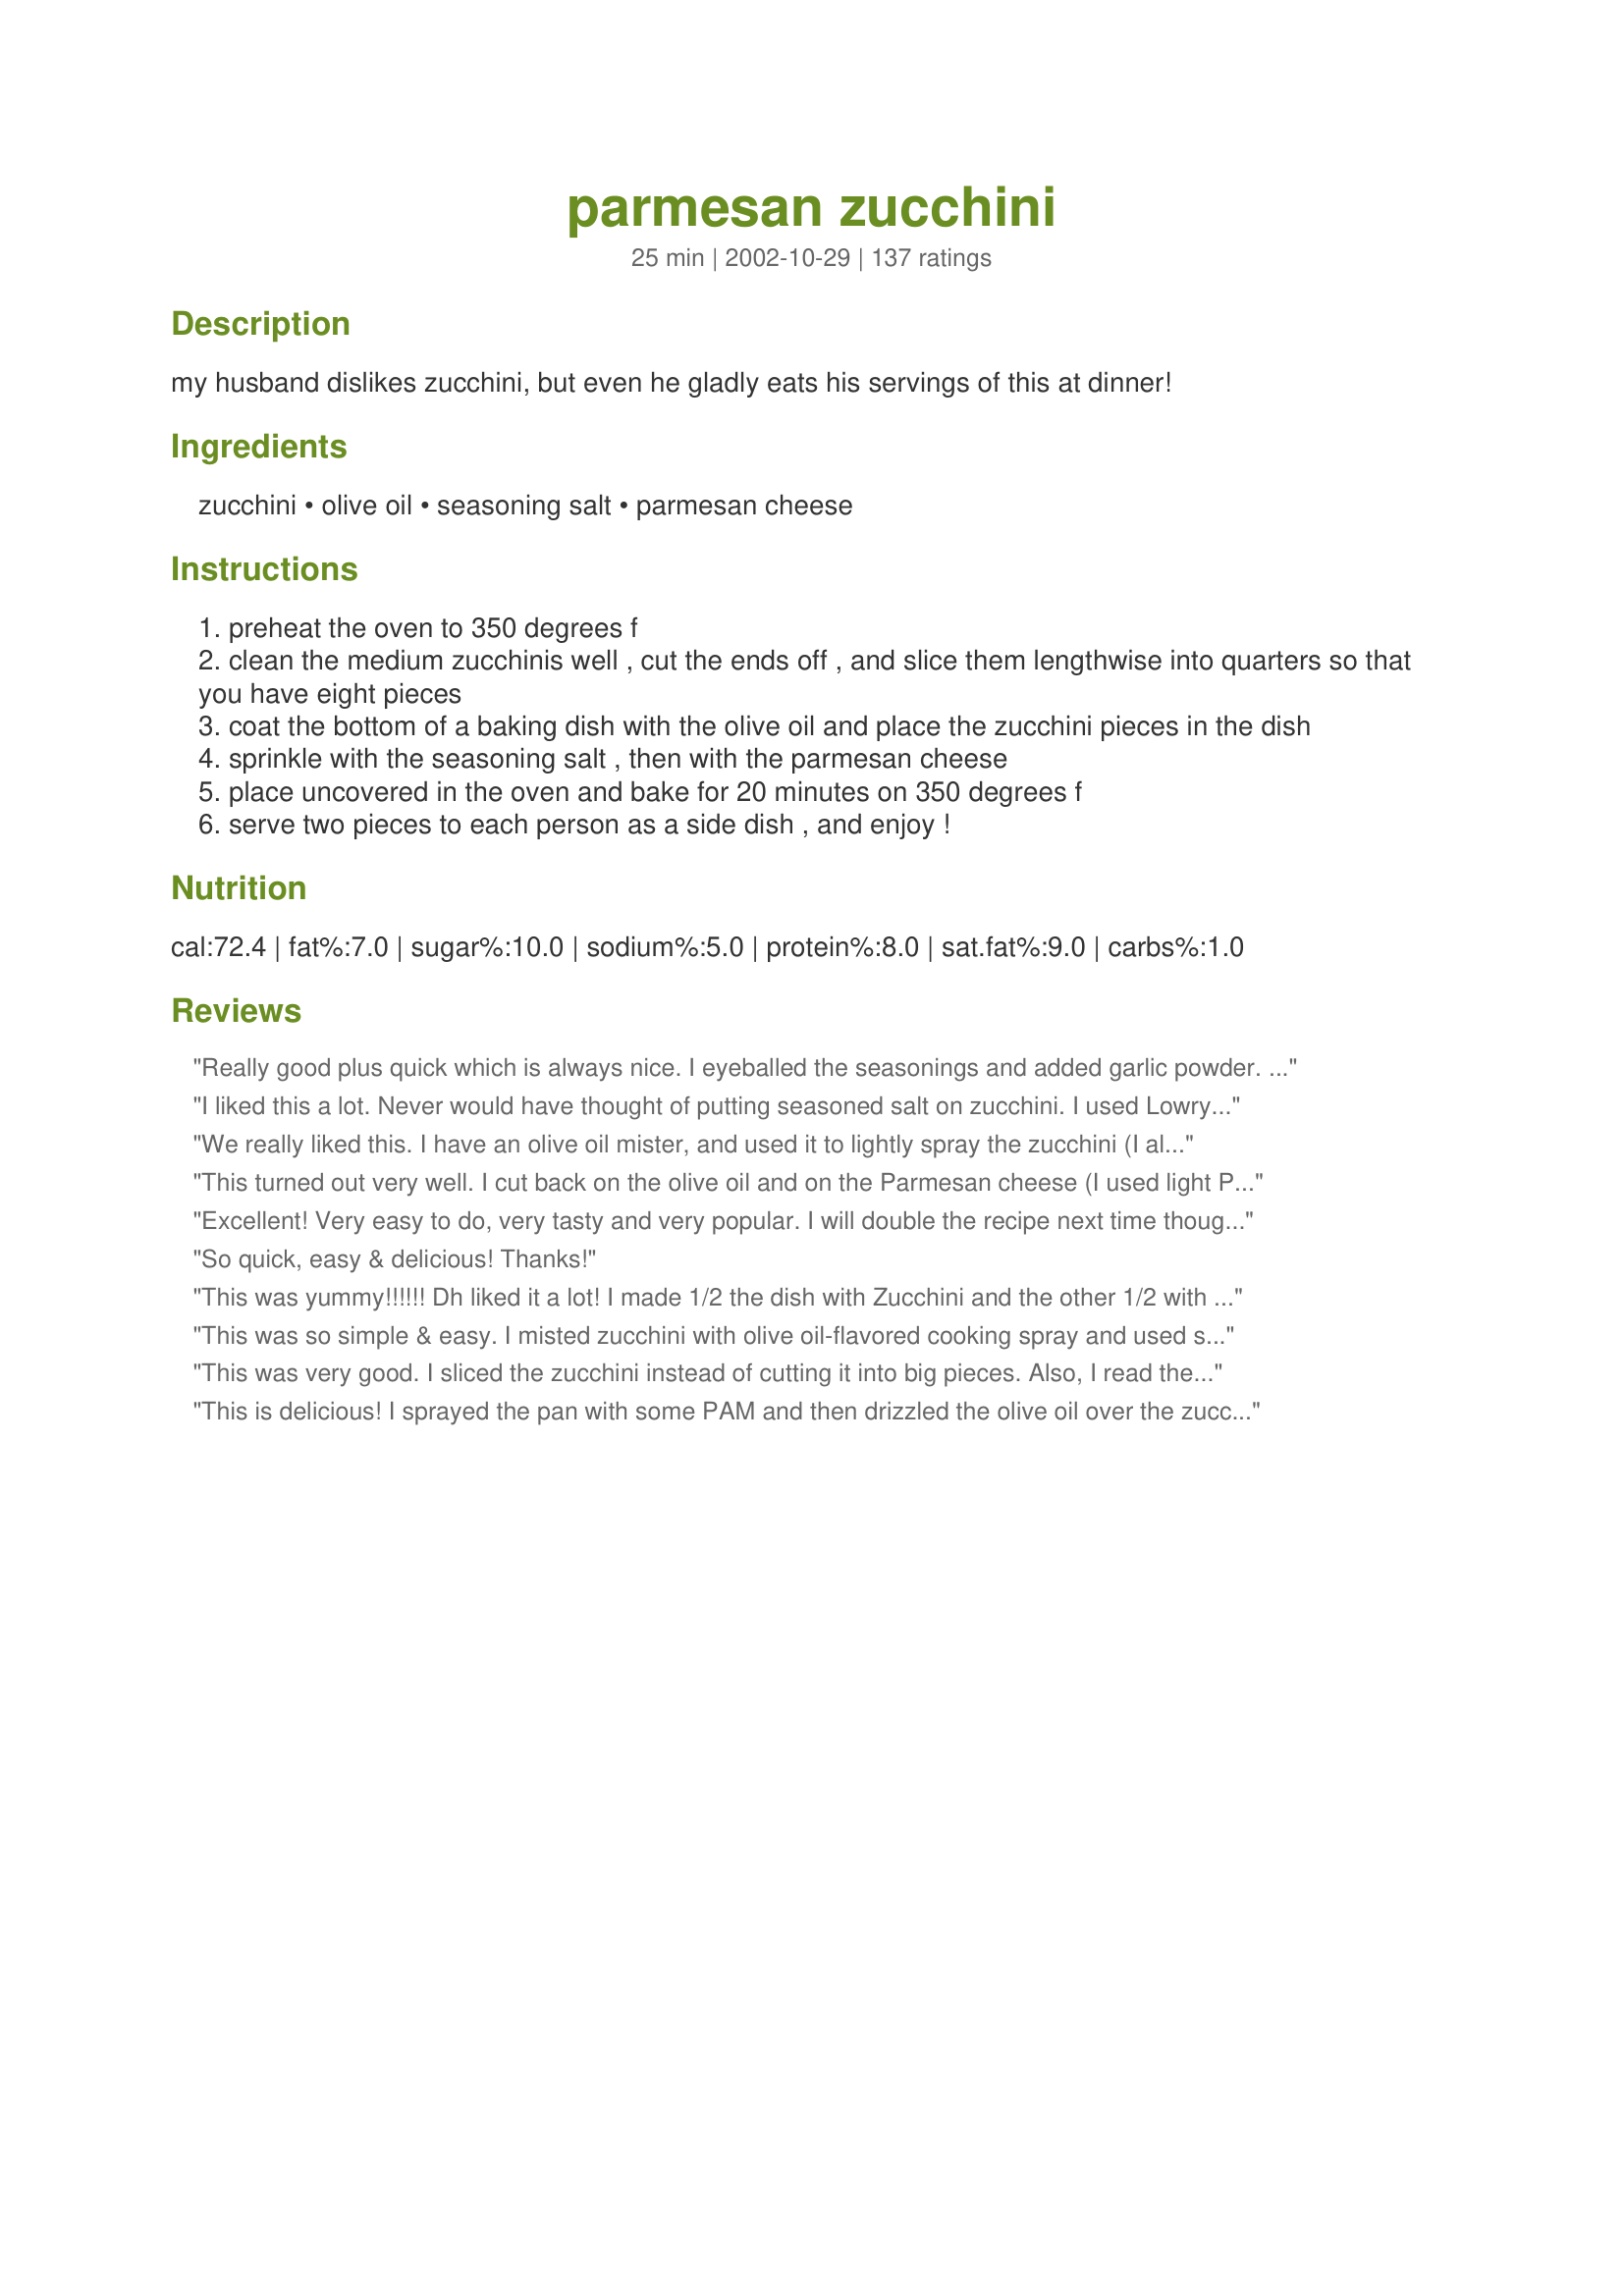
parmesan zucchini
Preparation time: 25 minutes

my husband dislikes zucchini, but even he gladly eats his servings of this at dinner!

Ingredients:
zucchini, olive oil, seasoning salt, parmesan cheese

Steps:
preheat the oven to 350 degrees f
clean the medium zucchinis well , cut the ends off , and slice them lengthwise into quarters so that you have eight pieces
coat the bottom of a baking dish with the olive oil and place the zucchini pieces in the dish
sprinkle with the seasoning salt , then with the parmesan cheese
place uncovered in the oven and bake for 20 minutes on 350 degrees f
serve two pieces to each person as a side dish , and enjoy !

Reviews:
Really good plus quick which is always nice. I eyeballed the seasonings and added garlic powder. My husband and I ate 3 big zucchinis between the 2 of us so I will be making this often. Thanks so much for sharing julesong.
I liked this a lot. Never would have thought of putting seasoned salt on zucchini. I used Lowry's since it is DH's favorite. Thanks!
We really liked this. I have an olive oil mister, and used it to lightly spray the zucchini (I already had some in the pan). Used Lawry's seasoning and a little black pepper, and shaved parmesan. Great flavor, and very easy to make. Thanks :)
This turned out very well. I cut back on the olive oil and on the Parmesan cheese (I used light Parmesan). Very easy to make, but a tasty way to use zucchini! I might try slicing the zucchini crosswise (in rounds) next time, in order to reduce the baking time a bit.
Excellent! Very easy to do, very tasty and very popular. I will double the recipe next time though. It was so good we wanted more!
So quick, easy & delicious! Thanks!
This was yummy!!!!!! Dh liked it a lot!
I made 1/2 the dish with Zucchini and the other 1/2 with yellow squash. Both were quite tasty, but the flavor of the zucchini was the best! I will be keeping the recipe on hand esp during the summer when we have so many coming out of the garden! Thanks so very much!
This was so simple & easy. I misted zucchini with olive oil-flavored cooking spray and used shredded rather than grated parmesan cheese. This one goes straight to my cookbook of recipe standbys!
This was very good. I sliced the zucchini instead of cutting it into big pieces. Also, I read the prior reviews and decided to add garlic powder, onion powder and black pepper but NO SALT to the slices, and then the grated Parmesan on top. Delicious. I served with a side of warm tomato paste diluted with water and seasoned with basil and oregano. Thank you.
This is delicious! I sprayed the pan with some PAM and then drizzled the olive oil over the zucchini. It is so very good! It doesn't even taste like zucchini! I am so glad that I tried this as I have many zucchini in my garden to use up. This is easy and ver, very good! Thank-you for sharing!
I made this last week for a dinner with my parents, kids & hubby. My mom who NEVER eats zucchini had 3 helpings. I found it to be wicked easy but a little bland for me. next time I would broil the zucchini for the last few mins to bubble up the cheese and caramalize a bit, then again I love everything WELL done;) Thanks for another great way to prepare this squash!!!
Quick and easy recipe. We loved it! Thanks for posting.
Yum! I used Olive Oil Pam spray - sprayed the pan, then the zucchini. I prefer to use Susie Q's Santa Maria Style Seasoning on these types of things (well, on anything actually!) and as usual, it came out great! The parmesan was a nice touch too. Thanks so much!!!
Yumm! I made this tonight very quick, I added some other spices like garlic, paprika and pepper. And it was delicious, very simple and not too much to handle It was really a great side dish, made it with some lentils
Amazing!
I have made this a couple times because it is so easy and good. Thanks for posting!
I'm not a big Zucchini person but this was very good.
I made as posted with some nice small zucchinis. This was simple and tasty - sometimes you need something that won't take a lot of time! Thanks for posting.
Sooo gooood!!! I love zucchini but didn't know it could taste this good! So easy and delicious...my new favorite way to eat zucchini!
I found these a bit salty. They were still good, I would make them again, just with less ingredients :)
The detracted star is for me, not the zucchini. I didn't have any seasoning salt so I just used regular salt, and I think this made the dish a bit bland. The seasoning salt must be crucial. I'll try it again with the proper ingredients at which time the dish will taste every bit like the 5-star rating it must deserve.
I normally don't like zucchini except to bake with and this was fabulous. We LOVED the flavor and will certainly make again. I ate a whole zucchini myself! Thanks!
I made dinner for myself out of this recipe last night and it didn't disappoint! Since it was just me, I only used 1 zucchini and omitted the seasoning salt (trying to cut down on sodium consumption). The prep was quick and effortless. I followed others' suggestions and just sprayed the pan with Pam instead of using oil; I also used the tip about spraying the zucchini lightly with Pam before topping with the Parmesan cheese. Admittedly, I'm sure it would have been even better had I used the seasoning salt and more than just the slight sprinkle of Parmesan that I used(I didn't measure, but it was definitely less than the recipe called for); however, it was still delicious and I will definitely make again. Thanks for posting!!!!!
Mmmm...absolutely delicious!! the only thing i did different was sprayed the pan with Pam, add garlic powder and ground pepper with the seasoning salt. i also cooked it at 400 degrees to brown the bottom of the zucchini. It was great! THANKS!
I had a small amount of Basil flavored dipping oil left and I used that on the zucchini. It gave it a great italian flavor. Very nice side dish. Thanks.
Quick, easy and delicious are my favorite kinds of recipes and this one qualifies. We had this as a side to MarieAlice's Caesar Pork Chops, <a href="/141789">Caesar Pork Chops</a>. The chops had to cook for 40 minutes so halfway through I just added the zucchini to the same pan as the chops! Perfect...hardly any clean-up at all. The flavor is delicious. I'll certainly be making this easy side dish again. Thanks Julesong :)
Two pieces per person? Yeah, right. I just ate four! I love these. I cut diamonds in the zucchini and brushed with olive oil. Also added garlic powder. Served with pizza sauce. Thank you for a quick and delicious recipe.
This was delicious! DH proclaimed it the best zucchini he'd ever had. I cut up the zucchini into the eight pieces, and then decided to cut them in half crosswise as well. I think they were on the "large-ish" side. I used Sarah's Sea Salt, Gulf of Mexico flavor, and, like some reviewers suggested, I added some granulated garlic. I cooked this for 25 minutes, and it was just right. (The "large-ish" issue again, I think.) What a nice change from all the sauteed zucchini we eat every summer! Thank you for sharing!
really good! this was a different way to cook zucchini & i will be using this recipe again & again. thank you! i waited to put the cheese on til the last 10 min in the oven, btw
Julesong, Sorry did not do much for me, I think , if I try again will add some garlic powder as others had.It could be the Zucchini used was not from the garden but the supermarket, and not the correct time of the year...Don
This was so simple, and tasted great. I left out the seasoning salt (personal preference) and used garlic powder and black pepper. Really easy side dish, that will be used a lot in the summer with ALL the zucchini we have on hand.
This is a great side dish.I love zucchini but don't like Parmesan cheese so much.Still the combination tasted all right but next time I am going to try another cheese.Oh and I had to bake it for a longer time for them to be done.Thank you.
What a clever side dish! it has the five factors that make a wonderful dish, in my opinion -easy to make, delighfully delectable, not too pricy, versatile, and unique! Served this with a freshly grilled steak, and it was a lovely addition! I plan on eating the leftovers for breakfast (!!)tommorrow! :-)
Sorry. Forgot that stars thing. You get all five of them.
So easy and so yummy! And, only one Weight Watchers point per serving. Thanks for a new twist on an old favorite.
What a tasty dish! So simple, yet came together for a moist, with a slight crispy outside from the parmesan cheese. This is my favorite kind of dish; I didn't measure at all, just threw it together with great results.
Wow, what a great side dish! I love zucchini but my husband and 2 year old do not. My 2 y/o didn't even try this but my husband devoured it! I used 1 large zucchini for the two of us and wish I had made more. It was a pleasant change from the regular vegetable lineup we normally have. I didn't have any fresh cheese on hand so I had to use the processed kind in a can. I bet this is even better with a higher quality cheese! Will make again. Thanks
My husband said these were to die for! Very good, thanks for the recipe!
Simple and delicious. It was not time consuming at all and fairly healthy as well. I will definitely be making this recipe again. I made no substitutions but to be even more healthy, I might cut out the cheese.
This was SUPER easy and tasty! Even my 8 yr old ate a piece and that in itself is a miracle! I will make this again. I used a heavy hand when sprinkling on the Lawry's and it didnt hurt! Thanks for posting!
Who knew something so simple could taste so good!
Delish! Next time I will mix the parmesan with some garlic powder and fresh ground pepper, spray the zucchini with pan spray and dredge them in the mixture. This first time around there was more parmesan on the pan than on the zucchini! Thanks for an easy and yummy side dish!
So yummy! I lined a baking pan with foil sliced the zucchini in thin strips. I love the thinner softer pieces. Next time less salt. It was a bit overwhelming with the saltiness of the parmesean. My new favorite zucchini recipe!
I needed a side dish to go with chicken and potatoes so started digging in the frig thinking I would just make a salad. I found 2 zucchinis that I had forgotten about. I didn&#039;t have seasoning salt so I brushed the zukes with olive oil and salt and pepper. I pressed the parmesan on the zukes and threw in the oven to baking. Baking time for me was 30 minutes but the zucchini turned out great. Easy is an understatement. This makes a quick, easy, and good side dish. I&#039;ll definitely do these again.
A lovely quick zucchini dish. Two pieces though as a serving?!! I used 6 small zucchini in this recipe and I could happily eat as pieces as were put on my plate. Would complement a simple Italian dish that had balsamic vinegar in it.
Wow...loved it! I had chopped up some zucchini for a stir fry and then changed my dinner plans. I was able to pop this in the oven alongside the Recipe #22126 and enjoy a simple, yet delicious meal. Thanks for a great recipe!
This did not work for us. I followed the instructions, using Johnny's Seasoning Salt, which is a favorite in our house. This should have been good, but I won't be making zucchini like this again. Uninteresting and though it didn't taste it, it smelled fishy.
Easy recipe to make plain zucchini a little more flavorful. It made a nice side dish to the Stuffed Chicken Parmigiana #149134.

Thanks Julesong. 

Bullwinkle
I love recipes that are so simple, yet so delicious. I needed to use some zucchini, but wasn't in the mood to go to a lot effort so I made this. It was so good! This recipe will be part of my regular rotation.
Really, really loved this! Thanks, Zulesong, for a great way to eat still another zucchini recipe. Can never have too many (ha ha). Couldn't be easier to prepare.
It sounded great, but I&#039;ve had the zucchini in the oven on 350 for 25 minutes and it isn&#039;t nearly cooked enough. Also, it tastes bland, and I used garlic, salt, and peccorino romano. Either my oven is off, or it needs to cook longer.
My husband actually ate this, for that it deserves some serious kudos. I used canned parmesan, and it would have been a lot better if I had taken out the real stuff and grated it. I was just being lazy...I served this with pork chops and scalloped potatoes, and it was great. Thanks for a recipe for zucchini that we'll eat, and isn't cake or bread!!!
A friend had given me a couple of zukes from her garden -- pre-sliced!! so I had to use them up quickly. This awesome recipe came to my rescue. I tossed them up with some olive oil, gave them a quick sprinkle with the seasoned salt and cheese and popped them in the oven. The hardest part was waiting while those wonderful aromas tempted us. Thank you, thank you for posting!
I love this dish.It was my first time to experiment with zucchini and It was great! I did this recipe for me and my bf when we decided to start eating healthy meals. Thanks for sharing!:-)
I made this last night and it is a very delicious easy way to cook zucchini. The crop is abundant in Ontario this year. I can add this to my squash cookbook. Thanks.
This is a very good recipe. I made it using seasoning salt with a pinch of cayenne. I only had shredded parmesan, but that worked out well also. It was easy to make, and the taste was wonderful, another plus being it looked so pretty. Thanks for shariing this recicpe.
This simple recipe is terrific, with a few adjustments. At 350 degrees, they didn&#039;t brown as desired, so I put them under the broiler for 3-5 minutes. Since, I used the oven, I thought it was a good time to cut a few tomatoes in half and use the same ingredients.
This recipe is sublimely quick and easy to prepare. I didn't add the parmesan until the last 5 minutes so it would not get over chewy and hard, mine took more like 30 minutes to get done, and my zucchini were on the smallish size. The flavor was good although I think adding a generous sprinkling of garlic powder would have greatly enhanced this dish.
My new favorite way to cook zucchini. Delicious and super easy. Thanks!
Very easy. I made 4 zucchini for 5 people and there wasn't anything left! We couldn't really taste the salt so next time I would use some additional seasoning or more of a salt-free seasoning. Also, I would use a shorter cook time to leave some crispness to the zucchini and briefly put the dish under the broiler to brown the cheese a tad. Nice, easy recipe. Thanks.
This was really good!! It was a great change from our normal zucchini recipes!! Super EASY!!
simple, perfection.
Most of the parm ended up on the pan after baking (even after dredging) . I suggest cutting the tips off of the wedges to create more surface area on top. The wedges I experimented with turned out much better that way.
So easy so good. Thanks for sharing
The squash was cut as directed, drizzled lightly with olive oil and sprinkled with the cheese. It was cooked in a convection oven for 15 minutes and was crisp tender. This was served with recipe #264713.
Absolutely delicious! I didn't know zucchini could be so tasty!
These were wonderful!!! I got to the parmesan part and discovered we were out to my horror, so I just sprinkled a little mozzerella on top and broiled them. So good, I can't wait to try it the real way!
I prepare my zucchini and squash this way, but I use Mrs. Dash Table Blend since it is salt-free. Yum! <br/><br/>In the summer, you can also do this on the grill and it works great. I put the zucchini on a piece of aluminum foil before adding the parmesan though.
Really liked that this was so easy. Served it with salmon. Made for a nice meal.
I made these last night but they weren't the hit like I'd hoped. My kids and DH ate them but didn't want more. I'm glad we tried them but probably won't make again.
This was so easy and delicious! A wonderful way to use the zucchini from our garden. I added some cherry tomatoes and slices of bell pepper as well. It made for a really colourful side dish. Thank you!
These were so good and so easy to make! I will be making these for the rest of the summer! I think I might try grilling them next time.
Tastes Great! I plan on crisping mine more next time but other than that I wouldn't change a thing. I used Lawry's Garlic Salt on mine. Thanks for the recipe! Will make again without a doubt. Very Easy.
We have been enjoying Zucchini fixed like this for years.We also like it with garlic powder on it. Makes a great side dish. Thamks for posting it so that other can enjoy it.
Great Dish! We enjoyed this for lunch today. I used 1 large zucchini and cut in half first, then cut into 8 pieces each - sort of like thicker stick size. I sprayed zucchini with spray butter before added seasoning salt and parmesan cheese. I didn't measure salt or cheese - just sprinkled on. This was a great dish. Thanks Julesong!
Good and simple. We had these tonight with burgers. I might try different variations of spices but I will be making these again.
Wow - this was great! Like others, I also added a little garlic powder and ground pepper and pressed the zucchini in the parmesan mixture. It&#039;s a winner! Wow - wish I had tried this sooner! I just can&#039;t believe you couldn&#039;t taste the veggie.
So yummy! Too bad I found this at the end of zucchini season. I'll be making this all the time next summer.
I don't know what I did, but mine completely turned to mush. They kind of tasted good, but we couldn't get over the texture of it and could not eat them. I have never cooked zucchini before...maybe they are supposed to be mushy. I was just expecting them to be crispy. Probably won't make again.
This recipe is wonderful! I got rave reviews from my family, and it was so easy. I'll probably make it this way from now on. Thanks.
I hate soggy zucchini; these still had a bit of a crunch and were absolutely wonderful. I tossed the zucchini in the olive oil, sprinkled with Lowryâ€™s and used shredded and grated parmesan cheese on top (canâ€™t have enough cheese). YUMM!
I made this dish in an aluminum foil pouch on top of the grill while I was making Recipe #254778. I sprayed with PAM before laying thick slices of zucchini down. I also sliced a med. onion and added it to the zucchini mix. It was a great addition to our wonderful steak dinner! I really loved the addition of the cheese. My company thought it was great too! Thanks for sharing with us.
FINALLY, a zucchini recipe worth eating!!! Thanks, Julesong! DD made this for us one night & now it's the only way I'll cook zucchini...a snap to prepare, delicious & different!
BestBema
Delicious and so easy to prepare. I used an extra zucchini and don't think I had quite enough salt on it, but it was still yummy. (I'm not much into salt anyway). Next time I will try some garlic and maybe a few Italian herbs as well.
So easy and so good! I usually don't use the grated parmesan in the green can, but I think it works better in this recipe than fresh parmesan.
This is a nice way to prepare zucchini, which I love. I have to be careful, though, I often overcook and it gets a bit soggy.
It makes me so happy to find a simple recipe with a few ingredients that taste so delicious. I enjoyed this zucchini so much, that I didn't want anything else for dinner. The zucchini was very tender after baking for the suggested 20 minutes. Great seasonings and cheese topping. Thanks Julesong, for another winner.
Really enjoyed this. May add some cajun seasoning or garlic salt to it next time. Very easy to make.
I rolled the zucchini in the olive oil before sprinkling with rosemary garlic seasoning and topping with parm. Turned out fantastic.
I prepared this with tiny, little, baby zucchini as a side for our dinner. The Lowry's added a lot of flavor to the dish.
Love it! I have tried it with Lawry&#039;s and with Garlic as some suggested. They&#039;re both VERY good. But I prefer the Lawry&#039;s. I&#039;ve also tried it with just the seasoning and NO PARMESSAN and it&#039;s just as good!!!
Very easy and tasty! I added a little fresh chopped garlic to the top of it with the cheese. Thanks for sharing :)
This is good. Just a word of caution for those reading that they sprinkled these with the salt with a heavy hand- you can over-salt it! I will go easy the next time. As far as the parmesan and getting it to stick, I just put it on a plate and dipped the zucchini in it instead of sprinkling it on. These were great and I even got my non-liking zucchini husband to eat a few pieces. :)
I used yellow squash instead of green zucchini and it turned out well. I baked them in my oven for about 15 minutes at 350, then broiled them until the tops were nice and golden brown. I will probably make these again. Thanks.
What a simple & tasty way to prepare zucchini. I really enjoyed both the appearance and the flavor. Some of the cheese burned a bit - I would use less of it next time.
Excellent! Fast and easy and it tasted fantastic. 20 mins at 350 was a wee bit much though so I'll cut that back next time. And there WILL be a next time. Thanks!
Yum! I just kind of sprinkled seasoning salt and parmesan on the zucchini. So tasty and makes a great side dish! I&#039;m sure it would be good with garlic powder too. Thank you for sharing!
This is very similar to KittenCals recipe http://www.food.com/recipe/kittencals-low-fat-oven-baked-zucchini-sticks-69063<br/>It's amazing how just a tiny bit of bread crumbs can make them so much yummier. The calories are so much less than deep fried zucchini, but they taste just like it.
Very easy, great flavor. I used it as a side to a pasta dish.
This was so yummy. I followed the directions exactly. Thanks!
FABULOUS!!!! The absolute best zucchini we've ever had!!!!!! I used Lawry's season salt and some garlic powder. Followed the rest as stated. Roasted for 25 minutes. Sheer perfection! A new regular in my house!
This is great and it couldn't be easier. I agree-dip the zucchini instead of trying to sprinkle the cheese-it won't hold otherwise. I used season salt and put the "cheap stuff" parm on it before I put it in the oven (15 min at 350 and 5 at 375 but our oven runs cold) was perfect. Soft but with a little bite-not mushy. Then when they came out I sprinkled some of the "good parm" on top (the freshly grated vs the can) and they were really good.
I omitted the olive oil and used a glass baking dish and had no problems. I also rubbed the seasoning salt (Generous amounts!) and cheese in; this seemed to maximize the flavour. I never thought something so simple could taste so amazing!!
This could NOT have been easier to make! Literally takes seconds to prepare. My only regret is that I thought I'd be clever and pour my olive oil over top of the zucchni, to skip the optional cooking spray step; I won't do that next time, because the areas that had oil were soggy / mushy, whereas the areas that didn't came out perfectly. Next time, I'll follow the instructions as written... I'm sure this will become a regular at our house. Thanks!
I love this zucchini recipe. I too make it with drizzled olive oil before the cheese. Sometimes I mix Panko breadcrumbs with the cheese. I do cut The zucchini into slices rather than wedges. This helps it cook evenly and the toppings stay on better. <br/>By the way there's a local restaurant that sells this to go in the summer. They make a killing! Thanks for posting. I would rather save the money and make it fresh!
I had to try this after reading the glowing report on the message boards. I used garlic salt and 4 zucchini to feed 3 adults.
Tasty, easy and delicious. Thanks for sharing.
EASY and yummy and you can doctor these babies any which way you want. Perfect cook temp/time. THANKS!
My husband LOVED this! I followed directions as written and added garlic powder, black pepper and a generous amount of Lawlry salt. I also added more parm after 20 min. and broiled on low for about 6 minutes. YUM!!!
Thank you very much for this excellent, easy recipe.
WONDERFUL! Insanely simple, but just as fab-tasting. DH raved about this one. He teases because we eat zucchini about 3 times each week and it's always a different tasty way. He requested this one again, though! Thanks so much for a satisfying, healthy side!
We loved this quick and easy way of preparing zucchini! I combined 1/2 cup Parmesan cheese, 1/2 tsp. seasoned salt, &amp; 1/2 tsp. garlic powder in a pie plate. I rolled the zucchini wedges in some olive oil and dredged them in the cheese mixture. After putting them in the baking dish, I sprinkled any remaining cheese mixture over the tops of the squash. I baked them until the cheese started to brown...yummy!! I will be preparing this recipe often to use up the over abundance of zucchini that my garden produces each year. Thank you for sharing this wonderful recipe...it is definitely a keeper!!
I've got to say... these reviews are not wrong. One of the best ways to spice up bland zucchini. I used PAM instead of olive oil and they came out great! Thanks so much!
I could eat the whole pan. Thanks!
Delicious!!!! I made this to go with some roasted chicken ravioli and my homemade pasta sauce. It totally completed the meal! I used a roasted garlic seasoning along with the season salt! We'll definitely make this again! Thanks for the terrific recipe!
Delicious and easy to prepare!
Quick, easy but not overly tasty. Perhaps did not season enough. Next time will try additional herbs.
Four stars for a great idea, left off one for some KICK taste I thought it was missing. so I added some more spices, fresh ground pepper, more cheese and I loved it!
This is the best way I've made or eaten zucchini. I would recommend this to anyone.
This was very easy and tasty- I love finding new ways to serve vegetables. I served with Recipe #177276 and the combination of aromas was lovely.
Loved it. I used 2 small zucchini and 1 small yellow summer squash for 3 of us (I have found that the smaller the squash, the better the taste and texture). I sprayed PAM on the bottom of pan and also over top of squash and drizzled a small amount of olive oil on top. Next time I will try it without any olive oil and just use PAM; the season salt and parm. cheese give it enough flavor.
This certainly deserves more than 5 stars, it ticks all the boxes for me. It's super easy, fast, healthy, handy ingredients, tasty, everyone loved it. The only problem I had was that I didn't have enough left for me, next time I'll make heaps more since everyone couldn't have enough of this. There will never be fury zucchini left in my fridge again. Can't thank you enough.
This was a really nice, light and tasty side dish. Couldn't have been any easier. Thanks for posting.
I changed the recipe by using different seasonings, but it turned out great. I never knew that zucchini could taste so good. Instead of the seasoning salt I used italian seasonings, crushed red pepper, oregano and sea salt. I also used the grated parmesan as directed in the recipe.
Wonderful recipe! Will be using this recipe for our zucchini from now on- thanks!
My husband said "Perfect". I used 6 small zucchini and prepared them as posted. 2 pieces per person? I don't think so! We ate every piece between the two of us. This will be on the menus all summer.
Delicious and so.....easy!! I just love a dish that is simple and makes the veggie shine. My whole family loved this dish. So happy I decided to do "something" with zucchini for dinner and searched out this recipe. It was a perfect side for our dinner. This is a keeper that will be used often.
very good! i used coarse salt instead of seasoning salt, and it was delicious. i'll definitely keep this recipe in mind for when we are overrun with zucchini at the end of the summer! thank you.
Loved this simple recipe thank you. Equally as yummy to fried zucchini. Would be yummy with garlic mayo on the side. Ate with some plain brown rice.
Excellent, thank you!
Easy and Good, doesn't get any better than that! I only gave it 4 stars just because I changed up the way it was made and added some things. Cut the zucchini and placed in large bowl. Coated with the oil. Added listed seasoning salt, cheese, but also added 1/2 garlic salt, 1/2 onion powder, and 1/4 tsp of Italian seasoning. Tossed it around and put them on a sprayed 9x13 casserole dish. Mine took a little longer - Turned up the oven for 10 minutes to 375. Turned out beautiful, tasted great, even snacked on the leftovers cold. Thanks will make again!
Sorry. The family didn't care for it.
Hubs2be and I loved it. Kids wouldn't touch it so their opinion doesn't count...lol
This is the best Zucchini I have ever had. I followed the recipe, and I think it worked out great. I will be making this again!
REALLY good... just enough "crunch" to satisfy and very yummy. The parmesan was an excellent touch!
Since starting a new way of enjoying food am looking for things that are simplistic, nutritious, and delicious. This fit. Thank you.
Just realized we've been enjoying this recipe for months now and I've never reviewed it. We had this again last night and it is hands down the easiest and most delicious way to prepare zukes that we've ever tried. I use a piece of foil on a small baking sheet and follow the recipe exactly, clean up is done in a moment and the zucchini is to die for, wouldn't change a thing! Thanks so much!
Bland and messy to prepare. I added onion and garlic powder, and smoked paprika. Still too bland and lacked crispness.
I use little zucchini that I buy at Trader Joe's, cut them in half, and just a sprinkle of either Penzeys 4-S (which tastes just like Lawry's to me) or their Ozark seasoning. They're small, so I check them after about 10 minutes. So good, and so easy. Thank you for posting!
